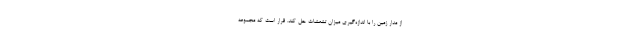
از مدار زمین را با اندازه‌گیری میزان تشعشات حل کند. قرار است که مجموعه